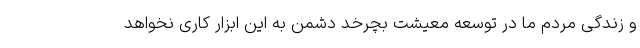
و زندگی مردم ما در توسعه معیشت بچرخد دشمن به این ابزار کاری نخواهد